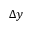
\Delta y